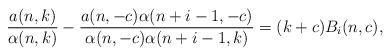
LaTeX: \begin{align*}\frac{a(n,k)}{\alpha(n,k)}-\frac{a(n,-c)\alpha(n+i-1,-c)}{\alpha(n,-c)\alpha(n+i-1,k)}=(k+c){B_i(n,c)},\end{align*}